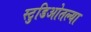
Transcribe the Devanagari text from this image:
स्टुडिओतल्या